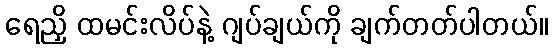
ရေညှိ ထမင်းလိပ်နဲ့ ဂျပ်ချယ်ကို ချက်တတ်ပါတယ်။